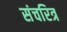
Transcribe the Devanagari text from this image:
संचरित्र